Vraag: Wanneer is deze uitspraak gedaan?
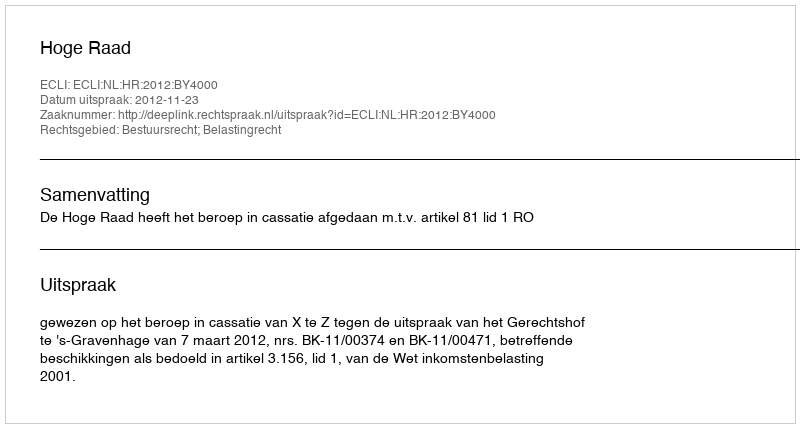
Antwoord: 2012-11-23